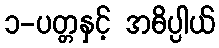
၁-ပတ္တနှင့် အဓိပ္ပါယ်